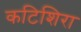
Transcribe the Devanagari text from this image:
कटिशिरा